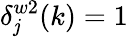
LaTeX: \delta_{\mathit{j}}^{w2}(k)=1